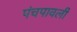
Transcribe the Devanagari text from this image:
पंचपावली